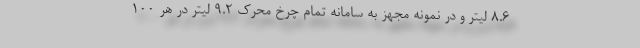
8.6 لیتر و در نمونه مجهز به سامانه تمام چرخ محرک 9.2 لیتر در هر 100